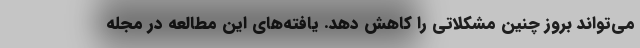
می‌تواند بروز چنین مشکلاتی را کاهش دهد. یافته‌های این مطالعه در مجله